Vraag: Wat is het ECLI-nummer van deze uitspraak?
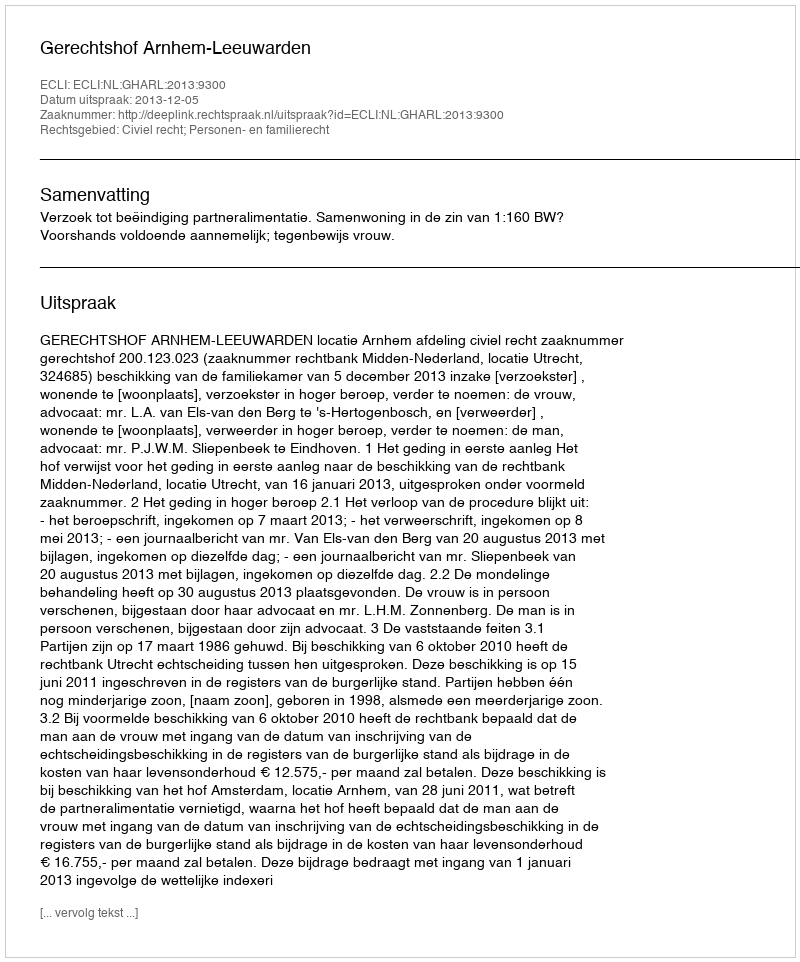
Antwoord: ECLI:NL:GHARL:2013:9300